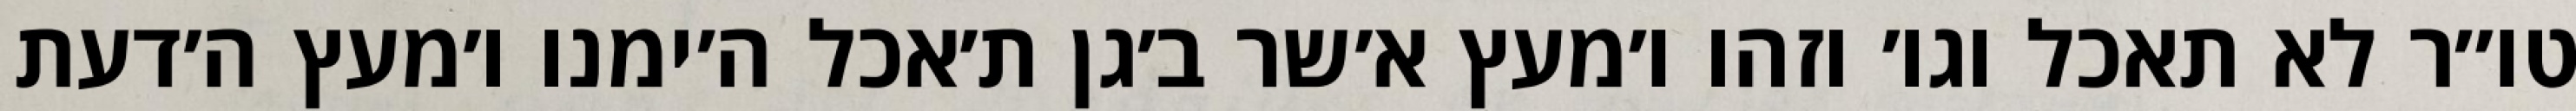
טו״ר לא תאכל וגו׳ וזהו ו׳מעץ א׳שר ב׳גן ת׳אכל ה׳ימנו ו׳מעץ ה׳דעת